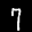
Label: 7